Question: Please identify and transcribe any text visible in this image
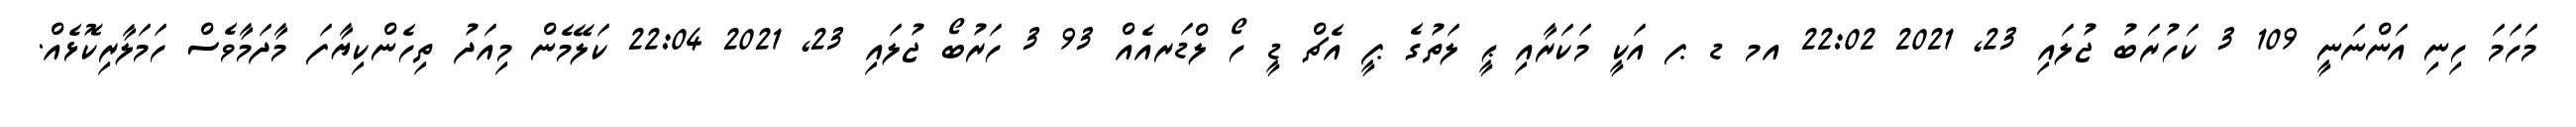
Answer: މަހަމަ ހިނި އަންނަނީ 109 3 ކަހުރަބު ޖުލައި 23, 2021 22:02 އމ ޑ ޕ އަކީ މަކަރާއި ޙީ ލަތުގެ ޕީ އެޗް ޑީ ހޯ ލްޑަރއެއް 93 3 ހަރުބޯ ޖުލައި 23, 2021 22:04 ކަލޭމެން މިއަދު ތިހެންކިޔާފަ މާދަމާވެސް ހަމަލާރިކޮޅެއް.